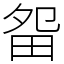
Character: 㽜